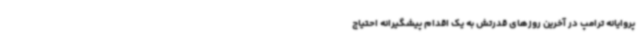
پروایانه ترامپ در آخرین روزهای قدرتش به یک اقدام پیشگیرانه احتیاج